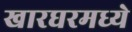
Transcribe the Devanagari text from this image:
खारघरमध्ये